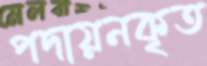
পদায়নকৃত